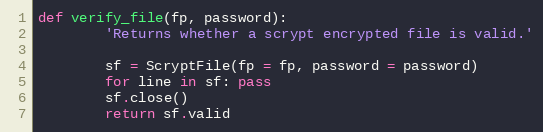
Language: Python
def verify_file(fp, password):
        'Returns whether a scrypt encrypted file is valid.'

        sf = ScryptFile(fp = fp, password = password)
        for line in sf: pass
        sf.close()
        return sf.valid